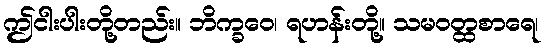
ဤငါးပါးတို့တည်း။ ဘိက္ခဝေ၊ ရဟန်းတို့။ သမဝတ္ထစာရေ၊